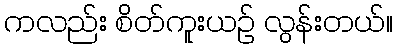
ကလည်း စိတ်ကူးယဉ် လွန်းတယ်။